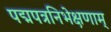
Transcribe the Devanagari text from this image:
पद्मपत्रनिभेक्षणाम्